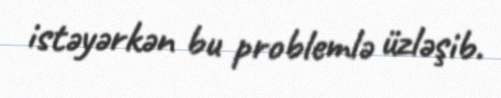
istəyərkən bu problemlə üzləşib.